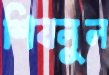
শিবলুল